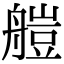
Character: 𦩴